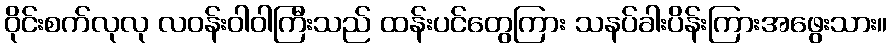
ဝိုင်းစက်လုလု လဝန်းဝါဝါကြီးသည် ထန်းပင်တွေကြား သနပ်ခါးပိန်းကြားအဖွေးသား။